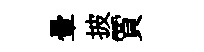
暈披賈